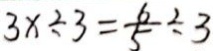
3 x \div 3 = \frac { 6 } { 5 } \div 3